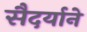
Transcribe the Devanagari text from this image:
सैदर्याने